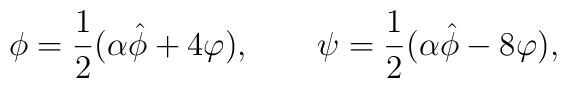
\phi = \frac12 (\alpha \hat\phi + 4 \varphi), \qquad \psi =\frac12 (\alpha \hat\phi - 8 \varphi),